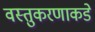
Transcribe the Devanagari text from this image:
वस्तुकरणाकडे